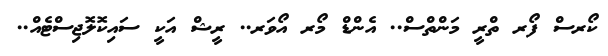
ކޯރސް ފޯރ ތްރީ މަންތްސް.. އެންޑް މޯރ އޯވަރ.. ރީޝް އަކީ ސައިކޮލޮޖިސްޓެއް..